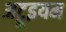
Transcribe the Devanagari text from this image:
अट्रूइयम